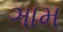
ઞામ